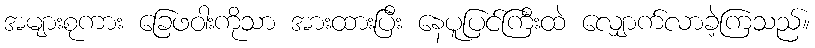
အများစုကား ခြေဖဝါးကိုသာ အားထားပြီး နေပူပြင်ကြီးထဲ လျှောက်လာခဲ့ကြသည်။